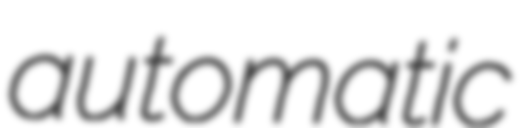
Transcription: automatic